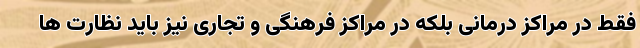
فقط در مراکز درمانی بلکه در مراکز فرهنگی و تجاری نیز باید نظارت ها